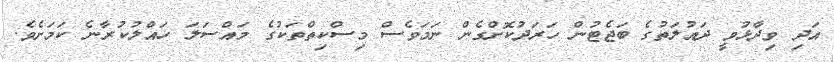
އަދި ވިދާޅުވީ ދައުލަތުގެ ބަޖެޓުން ހަރަދުކޮށްގެން ނަމަވެސް މިސްކިތްތަކުގެ މައްސަލަ ހައްލުކުރާނެ ކަމަށެވެ.